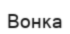
Вонка